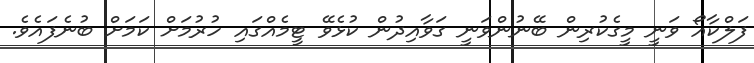
ފަލްކާއޯ ވަނީ މީގެކުރިން ބޭނުންވަނީ ގަވާއިދުން ކުޅެވޭ ޓީމެއްގައި ހުރުމަށް ކަމަށް ބުނެފައެވެ.